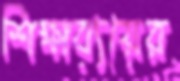
শিক্ষাব্যয়ের